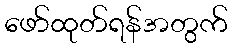
ဖော်ထုတ်ရန်အတွက်